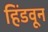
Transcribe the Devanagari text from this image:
हिंडवून